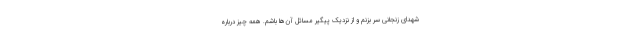
شهدای زنجانی سر بزنم و از نزدیک پیگیر مسائل آن‌ها باشم. همه چیز درباره